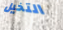
التخيل